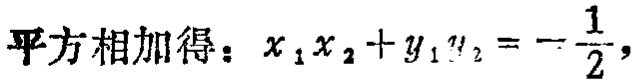
平方相加得：\(x_{1}x_{2}+y_{1}y_{2}=-\frac{1}{2}\)